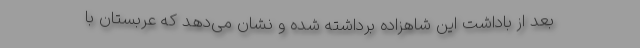
بعد از باداشت این شاهزاده برداشته شده و نشان می‌دهد که عربستان با